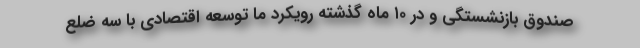
صندوق بازنشستگی و در ۱۰ ماه گذشته رویکرد ما توسعه اقتصادی با سه ضلع